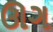
ઊગ